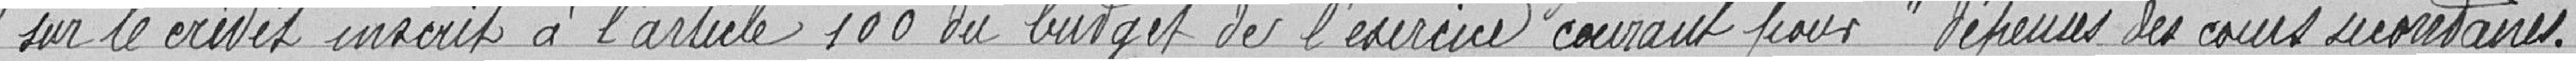
sur le crédit inscrit à l'article 100 du budget de l'exercice courant pour "dépenses des cours secondaires".